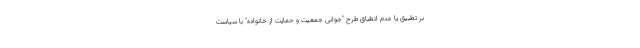
بر تطبیق یا عدم انطباق طرح "جوانی جمعیت و حمایت از خانواده" با سیاست